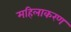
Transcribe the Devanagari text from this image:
महिलाकरण